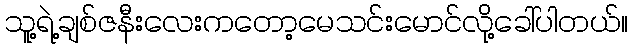
သူ့ရဲ့ချစ်ဇနီးလေးကတော့မေသင်းမောင်လို့ခေါ်ပါတယ်။